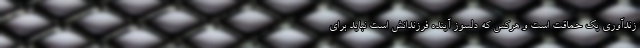
زندآوری یک حماقت است و هرکس که دلسوز آینده فرزندانش است نباید برای